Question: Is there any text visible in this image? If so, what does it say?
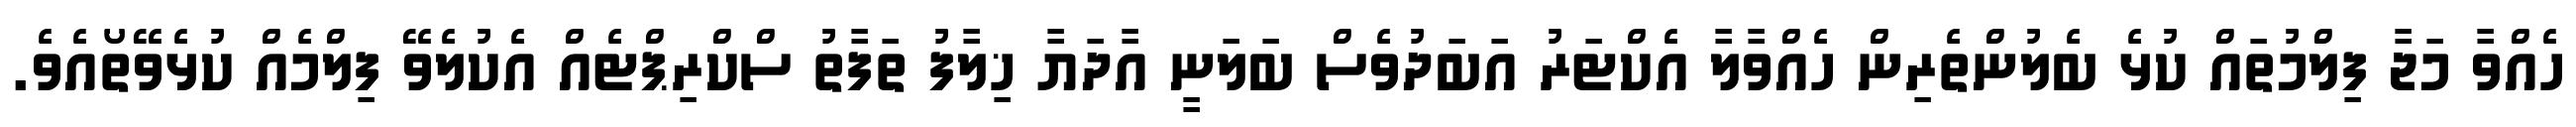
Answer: ހެއްވާ މަޖާ ފިލްމުތައް ކުޅެ ބެލުންތެރިން ހެއްވާލާ އެކްޓަރު އަބަދުވެސް ބަލަނީ އާދަޔާ ޚިލާފު ތަފާތު ސްކްރިޕްޓެއް އެކުލެވޭ ފިލްމެއް ކުޅެވޭތޯއެވެ.